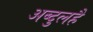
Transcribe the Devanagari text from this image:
अब्दुलहै